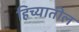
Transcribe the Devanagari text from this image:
हिच्यातील